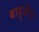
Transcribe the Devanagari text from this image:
बाबूजीच